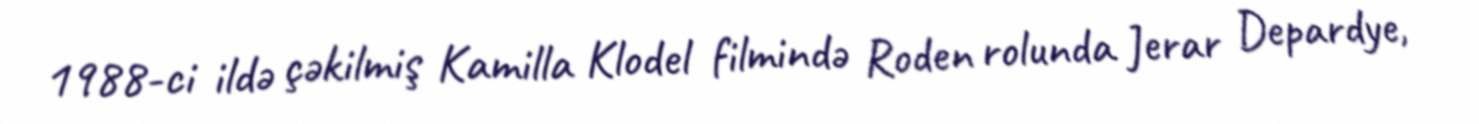
1988-ci ildə çəkilmiş Kamilla Klodel filmində Roden rolunda Jerar Depardye,